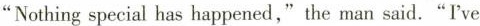
"Nothing special has happened,"the man said."I've